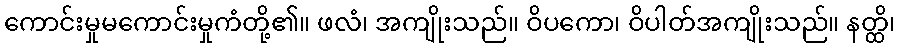
ကောင်းမှုမကောင်းမှုကံတို့၏။ ဖလံ၊ အကျိုးသည်။ ဝိပကော၊ ဝိပါတ်အကျိုးသည်။ နတ္ထိ၊